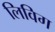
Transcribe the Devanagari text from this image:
लिविग